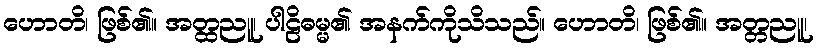
ဟောတိ၊ ဖြစ်၏။ အတ္ထညူ၊ ပါဠိဓမ္မ၏ အနက်ကိုသိသည်။ ဟောတိ၊ ဖြစ်၏။ အတ္တညူ၊